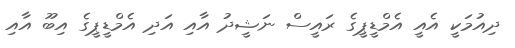
ދިއުމަކީ އެއީ އެމްޑީޕީގެ ރައީސް ނަޝީދު އާއި އަދި އެމްޑީޕީގެ އިބޫ އާއި